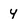
Character: 4